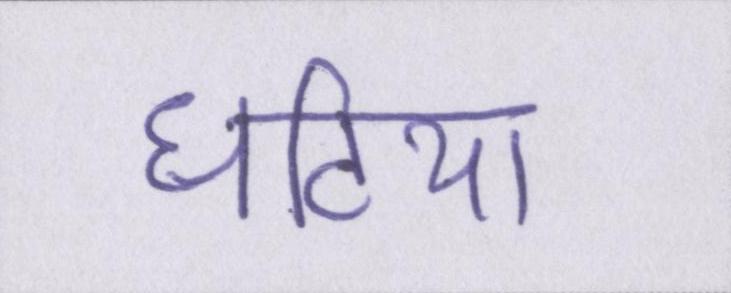
घटिया